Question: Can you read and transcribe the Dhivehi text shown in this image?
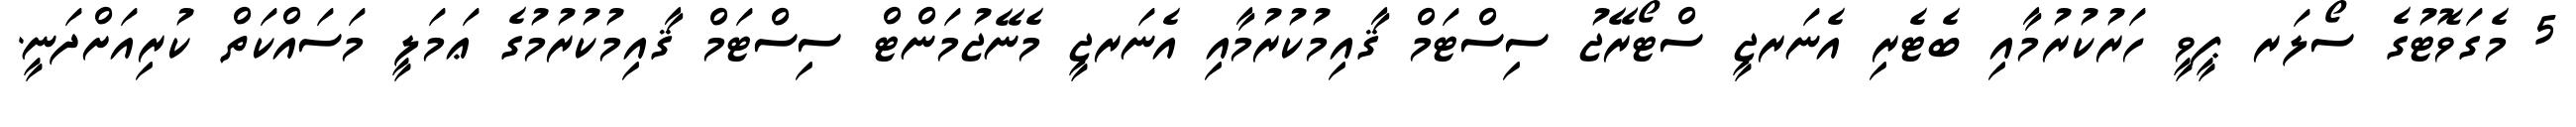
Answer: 5 މެގަވޮޓުގެ ސޯލަރ ޕީވީ ހަރުކުރުމާއި ބެޓެރި އެނަރޖީ ސްޓޯރޭޖު ސިސްޓަމް ޤާއިމުކުރުމާއި އެނަރޖީ މެނޭޖުމަންޓް ސިސްޓަމް ޤާއިމުކުރުމުގެ ޢަމަލީ މަސައްކަތް ކުރިއަށްދަނީ.